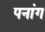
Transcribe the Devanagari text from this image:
पनांग